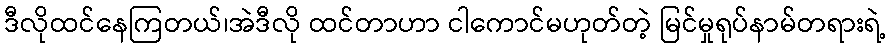
ဒီလိုထင်နေကြတယ်၊အဲဒီလို ထင်တာဟာ ငါကောင်မဟုတ်တဲ့ မြင်မှုရုပ်နာမ်တရားရဲ့